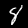
Digit: 8